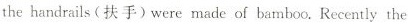
the handrails (扶手)were made of bamboo.Recently the